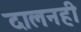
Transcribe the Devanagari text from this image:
दालनही